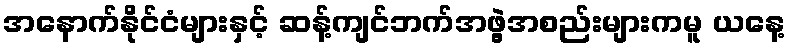
အနောက်နိုင်ငံများနှင့် ဆန့်ကျင်ဘက်အဖွဲ့အစည်းများကမူ ယနေ့